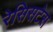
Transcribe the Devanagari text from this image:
रेसिसटेस